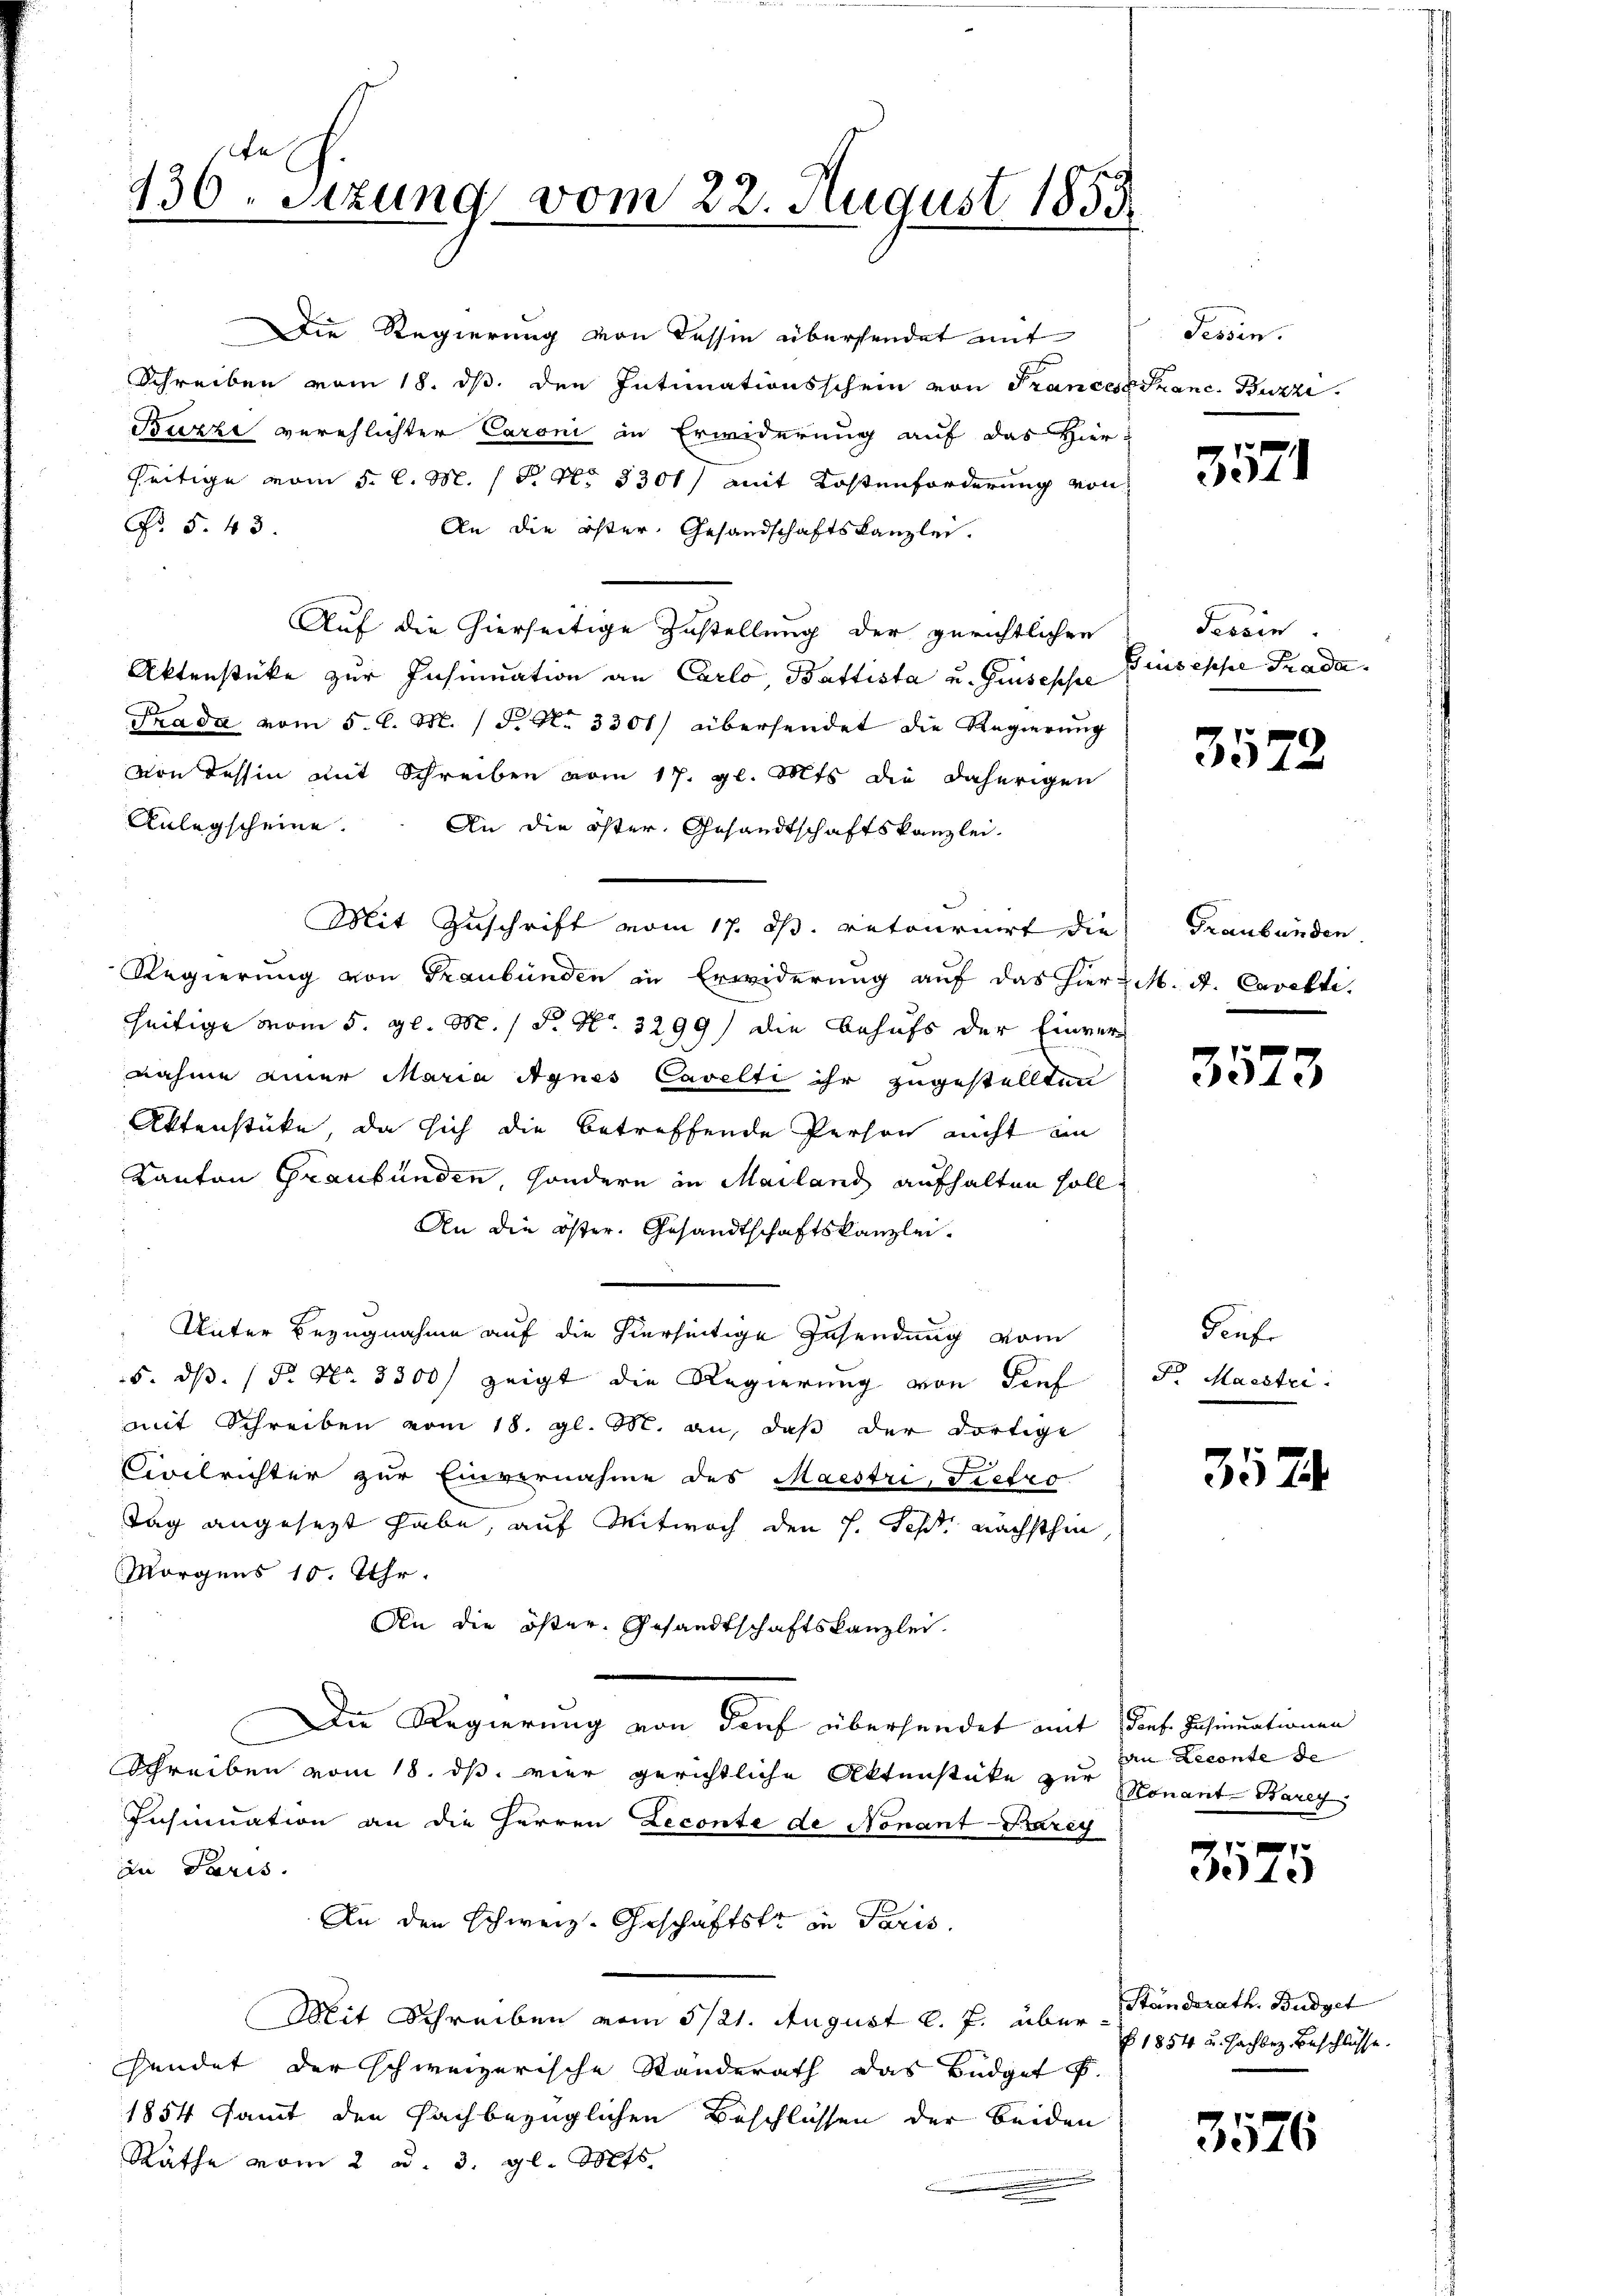
136 Sizung vom 22. August 1855.

Die Regierung von Tessin übersendet mit
Schreiben vom 18. ds. den Intimationsschein von Francessanc. Berzi
Buzzi verehlichter Caroni in Erwiderung auf das Hier-
seitige vom 5. l. M. 18. No 3301 mit Kostenforderung von
No 5. 43.
An die öster. Gesandschaftskanzlei.
Auf die hierseitige Zustellung der gerichtlichen
Aktenstücke zur Insinuation an Carlo Battista u. Guseppe
Prada vom 5. d. M. (N. N. 3301) übersendet die Regierung
von Tessin mit Schreiben vom 17. gl. Mts. die daherigen
Anlegscheine. An die öster, Gesandtschaftskanzlei-
Mit Zuschrift vom 17. ds. retournirt die
Regierung von Graubünden in Erwiderung auf das hier-
seitige vom 5. gl. M. / P. Nr. 3299) die Behufs der Einvernahme einer Maria Agnes Cavelti ihr zugestellten
Aktenstücke, da sich die betreffende Person nicht im
Kanton Graubünden, sondern in Mailand aufhalten soll.
An die öster. Gesandtschaftskanzlei.
Unter Bezugnahme auf die hierseitige Insendung vom
5. ds. (T. No. 3300) zeigt die Regierung von Tief
mit Schreiben vom 18. gl. M. an, daß der dortige
Civilrichter zur Einvernahme des Maestri, Tretro
Tag angesezt habe, auf Mitwoch den 7. Fehr nächsthin
Morgens 10. Uhr.
An die öster, Gesandtschaftskanzlei.
Die Regierung von dorf übersendet mit Torf. Insinuationen
Schreiben vom 18. ds. vier gerichtliche Aktenstüke zur Konant Bareg
Insinuation an die Herren Leconte de Nonant-Karey
in Paris.
An den schweiz. Geschäftste in Paris.
Mit Schreiben vom 5/21. August l. J. über Standerath. Budget
hendet der schweizerische Standerath das Büdget
1854 samt den sachbezüglichen Beschlüssen der beiden
Räthe vom 2 u. 3. gl. Mts.

Tessin.

e
331

Tessin.
Giuseppe Prada.

3572

Graubünden.
2 M. A. Cavelti.

3523

Genfe
Fr Machtri

3574.

van Leconte de

3575

§ 1854 u. sachbez Beschlüsse.

3576